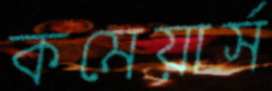
কমেয়ার্স